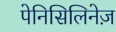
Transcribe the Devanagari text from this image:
पेनिसिलिनेज़